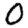
Digit: 0